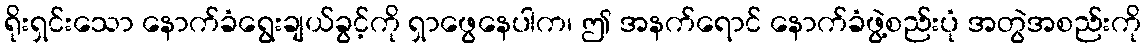
ရိုးရှင်းသော နောက်ခံရွေးချယ်ခွင့်ကို ရှာဖွေနေပါက၊ ဤ အနက်ရောင် နောက်ခံဖွဲ့စည်းပုံ အတွဲအစည်းကို